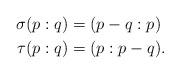
LaTeX: \begin{align*}\sigma(p:q)&=(p-q:p)\\\tau(p:q)&=(p: p-q).\end{align*}